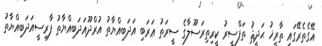
އޭގެތެރޭގައި ތާރީޚު ޙަދީޘު ތަފްސީރު ކީރިތިރަސޫލާގެ ސީރަތު ޢަރަބި އަދަބިއްޔާތު އުރްދޫއަދަބިއްޔާތު ފާރިސީއަދަބިއްޔާތު